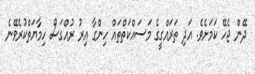
ދޭން ޖެހޭ ކަމަށެވެ. އަދި ތަރައްގީގެ މަސައްކަތްތައް ހިންގާ އިރު ރުއްގަސް ހިމާޔަތްކުރެވޭނެ